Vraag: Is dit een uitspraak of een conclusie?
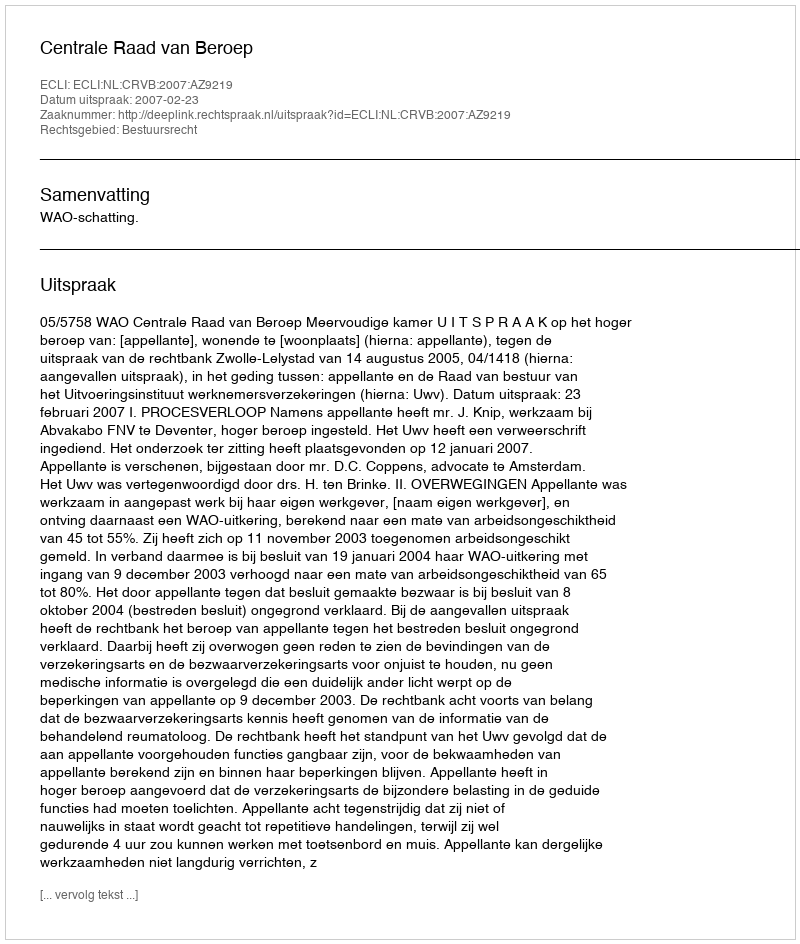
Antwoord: Uitspraak